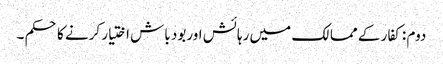
دوم : کفار کے ممالک میں رہائش اوربود باش اختیار کرنے کا حکم ۔